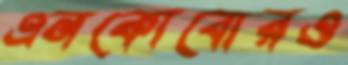
এনকোবোরও